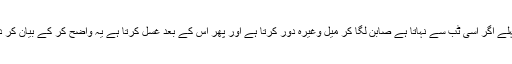
یعنی بندہ پہلے اگر اسی ٹب سے نہاتا ہے صابن لگا کر میل وغیرہ دور کرتا ہے اور پھر اس کے بعد غسل کرتا ہے یہ واضح کر کے بیان کر دیجیئے گا؟